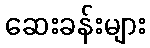
ဆေးခန်းများ